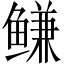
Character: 鳒